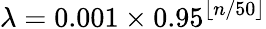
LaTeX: \lambda=0.001\times 0.95^{\lfloor n/50\rfloor}